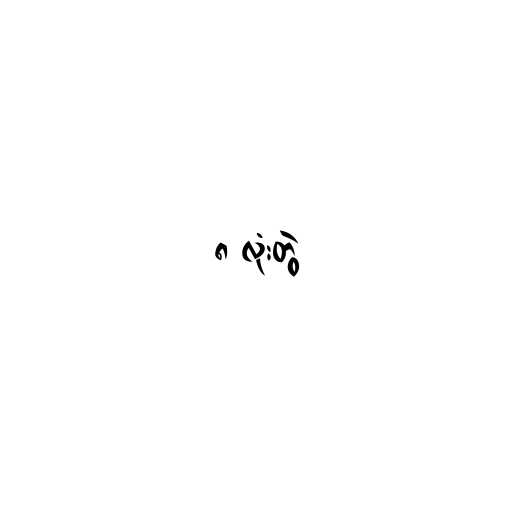
၈ လုံးတွဲ